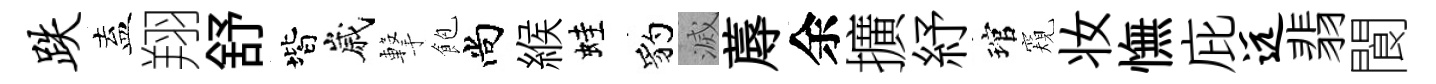
跌盍翔舒階嵗撃飽尚緱蛙豹滅蓐余擴紓琯窺妆憮庇远翡閬